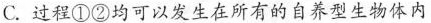
C. 过程①②均可以发生在所有的自养型生物体内